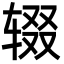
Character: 辍